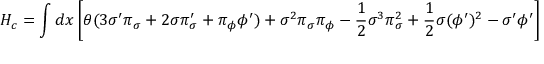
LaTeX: H _ { c } = \int d x \left[ \theta ( 3 { \sigma } ^ { \prime } { \pi } _ { \sigma } + 2 \sigma { \pi } _ { \sigma } ^ { \prime } + { \pi } _ { \phi } { \phi } ^ { \prime } ) + { \sigma } ^ { 2 } { \pi } _ { \sigma } { \pi } _ { \phi } - { \frac 1 2 } { \sigma } ^ { 3 } { \pi } _ { \sigma } ^ { 2 } + { \frac 1 2 } \sigma ( { \phi } ^ { \prime } ) ^ { 2 } - { \sigma } ^ { \prime } { \phi } ^ { \prime } \right]